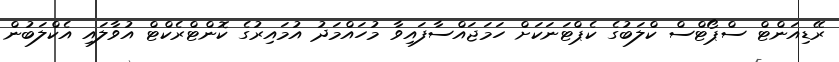
ރޭޑިއަންޓް ސްޕޯޓްސް ކްލަބުގެ ކެޕްޓަނަކަށް ހަމަޖައްސާފައިވާ މުހައްމަދު އުމައިރުގެ ކޮންޓްރެކްޓް އުވާލައި އެކްލަބުން